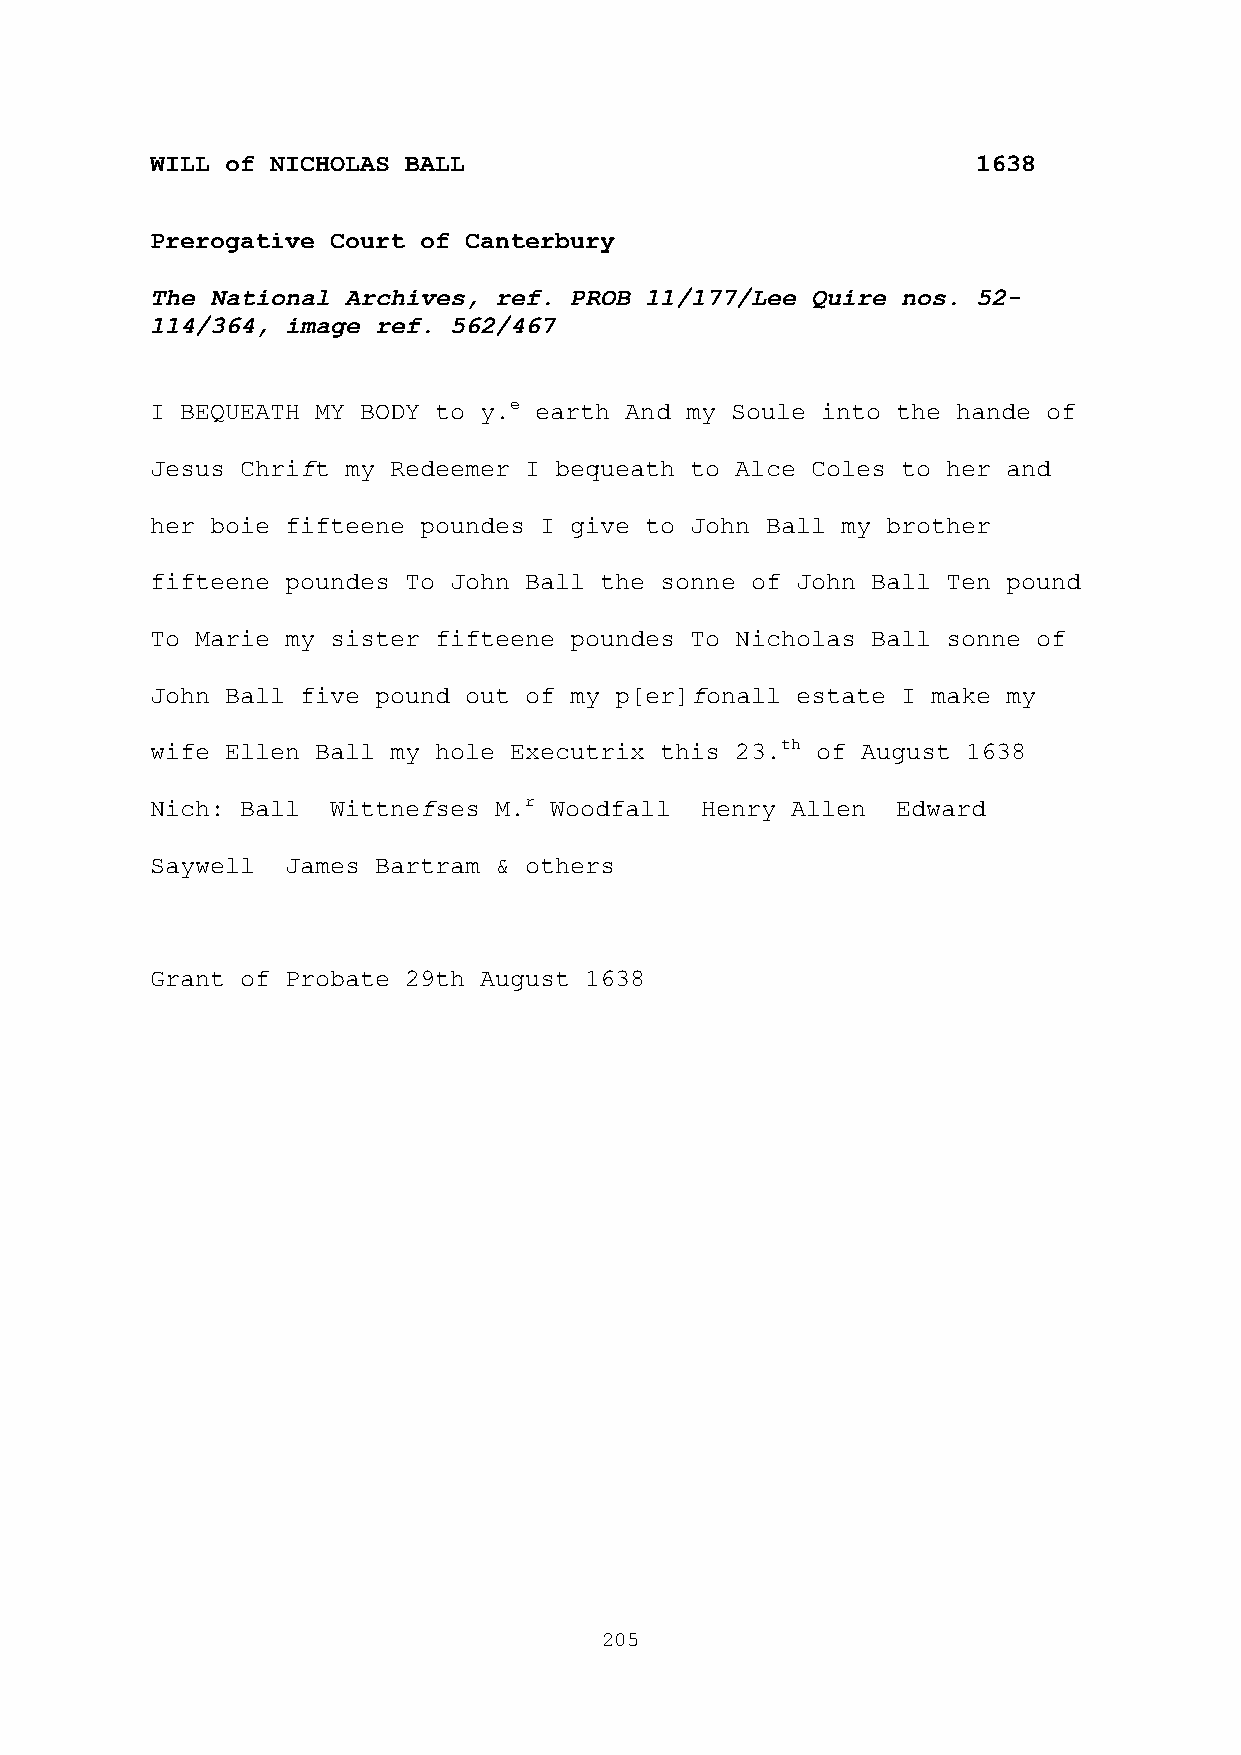
WILL of NICHOLAS BALL                                  1638
 Prerogative Court of Canterbury
 The National Archives, ref. PROB 11/177/Lee Quire nos. 52-
 114/364, image ref. 562/467
 I BEQUEATH MY BODY to y.e earth And my Soule into the hande of
 Jesus Chrift my Redeemer I bequeath to Alce Coles to her and
 her boie fifteene poundes I give to John Ball my brother
 fifteene poundes To John Ball the sonne of John Ball Ten pound
 To Marie my sister fifteene poundes To Nicholas Ball sonne of
 John Ball five pound out of my p[er]fonall estate I make my
 wife Ellen Ball my hole Executrix this 23.th of August 1638
 Nich: Ball  Wittnefses M.r Woodfall Henry Allen  Edward
 Saywell  James Bartram & others
 Grant of Probate 29th August 1638
 205